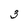
Character: 3